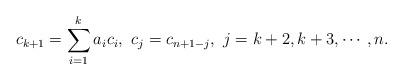
LaTeX: \begin{align*} c_{k+1} = \sum_{i=1}^k a_i c_i, \,\, c_j = c_{n+1-j}, \,\, j= k+2, k+3, \cdots, n.\end{align*}